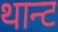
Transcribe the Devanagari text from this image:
थान्ट